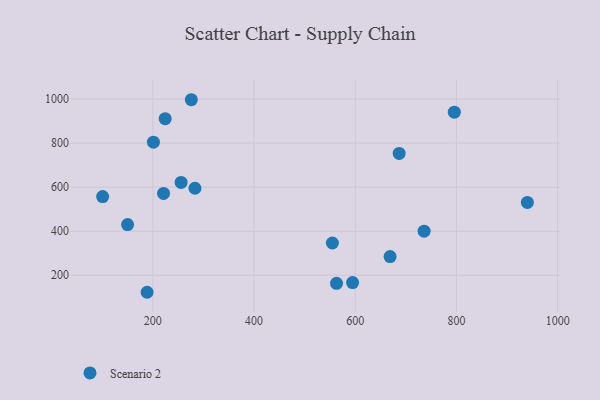
{"axis": {"x": "Engine Size", "y": "Profit"}, "legend": ["Scenario 2"], "data": [{"x": "201.1", "y": 804.2, "type": "Scenario 2"}, {"x": "940.2", "y": 530.9, "type": "Scenario 2"}, {"x": "554.8", "y": 346.4, "type": "Scenario 2"}, {"x": "594.7", "y": 166.8, "type": "Scenario 2"}, {"x": "668.9", "y": 284.8, "type": "Scenario 2"}, {"x": "255.8", "y": 621.6, "type": "Scenario 2"}, {"x": "686.8", "y": 753.0, "type": "Scenario 2"}, {"x": "150.0", "y": 430.2, "type": "Scenario 2"}, {"x": "100.7", "y": 557.3, "type": "Scenario 2"}, {"x": "795.8", "y": 940.3, "type": "Scenario 2"}, {"x": "276.0", "y": 996.9, "type": "Scenario 2"}, {"x": "736.1", "y": 400.3, "type": "Scenario 2"}, {"x": "224.3", "y": 910.9, "type": "Scenario 2"}, {"x": "283.2", "y": 595.1, "type": "Scenario 2"}, {"x": "188.6", "y": 122.8, "type": "Scenario 2"}, {"x": "563.0", "y": 163.5, "type": "Scenario 2"}, {"x": "221.1", "y": 571.7, "type": "Scenario 2"}]}